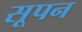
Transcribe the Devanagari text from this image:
सूपन